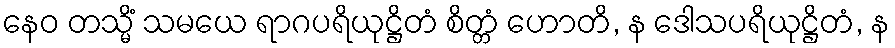
နေဝ တသ္မိံ သမယေ ရာဂပရိယုဋ္ဌိတံ စိတ္တံ ဟောတိ, န ဒေါသပရိယုဋ္ဌိတံ, န